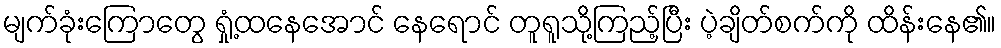
မျက်ခုံးကြောတွေ ရှုံ့ထနေအောင် နေရောင် တူရူသို့ကြည့်ပြီး ပဲ့ချိတ်စက်ကို ထိန်းနေ၏။